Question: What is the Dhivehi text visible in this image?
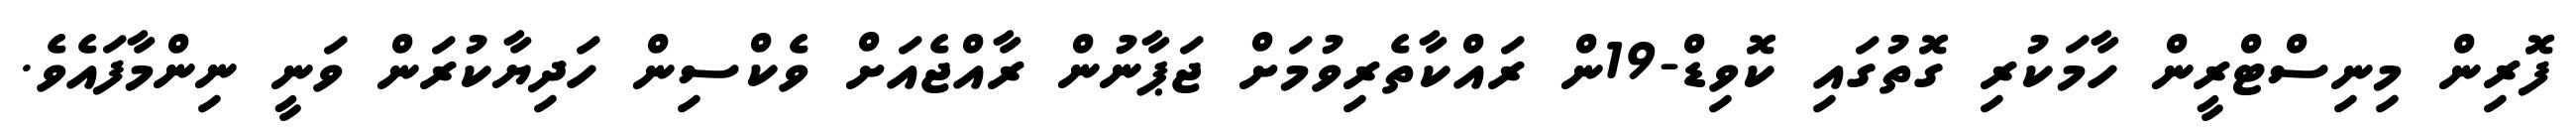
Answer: ފޮރިން މިނިސްޓްރީން ހާމަކުރި ގޮތުގައި ކޮވިޑް-19ން ރައްކާތެރިވުމަށް ޖަޕާނުން ރާއްޖެއަށް ވެކްސިން ހަދިޔާކުރަން ވަނީ ނިންމާފައެވެ.